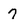
Character: 7